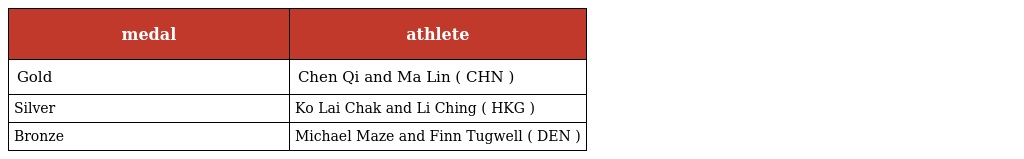
| medal | athlete |
 | --- | --- |
 | Gold | Chen Qi and Ma Lin ( CHN ) |
 | Silver | Ko Lai Chak and Li Ching ( HKG ) |
 | Bronze | Michael Maze and Finn Tugwell ( DEN ) |